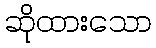
ဆိုထားသော